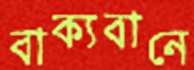
বাক্যবানে